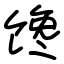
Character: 馋